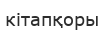
кітапқоры